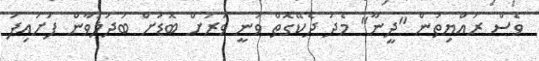
ވެސް ރައްޔިތުން "ދީނާ" މެދު ދެކޭގޮތް ވަނީ ވަރަށް ބޮޑަށް ބަދަލުވާން ފަށައިފަ